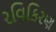
રવિકિરણ